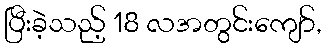
ပြီးခဲ့သည့် 18 လအတွင်းကျော်,